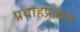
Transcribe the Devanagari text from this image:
प्रवाहप्रक्रम